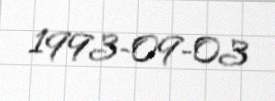
1993-09-03